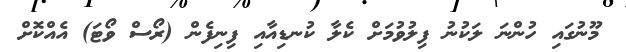
މޫނުގައި ހުންނަ ލަކުނު ފިލުވުމަށް ކެލާ ކުނޑިއާއި ފިނިފެން (ރޯސް ވޯޓަ) އެއްކޮށް